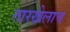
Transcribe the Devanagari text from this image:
तारखेलाच